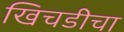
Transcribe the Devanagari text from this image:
खिचडीचा